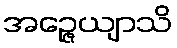
အဉ္ဇေယျာသိ